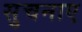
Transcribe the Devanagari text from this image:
सुचनाए